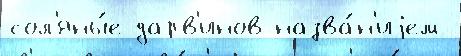
сол'яны́е дарв'инов назва́н'иjем